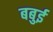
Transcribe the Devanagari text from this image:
बबुई